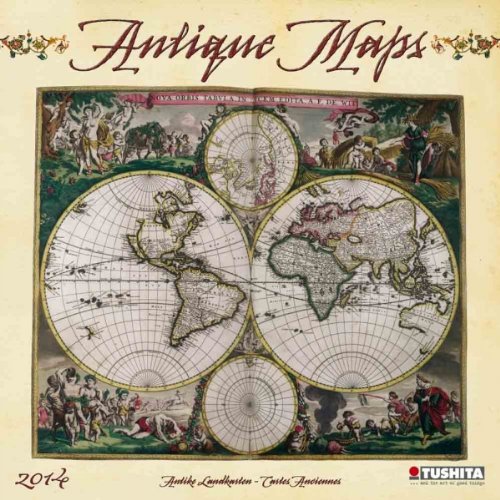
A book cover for Antique Maps 2014 (Media Illustration); Calendars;